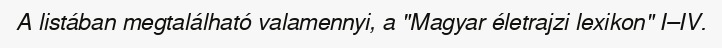
A listában megtalálható valamennyi, a "Magyar életrajzi lexikon" I–IV.